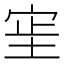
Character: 𫳊